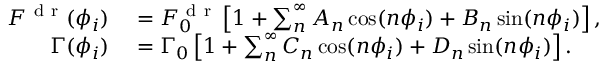
\begin{array} { r l } { F ^ { \mathrm { ~ d ~ r ~ } } ( \phi _ { i } ) } & { { } = F _ { 0 } ^ { \mathrm { ~ d ~ r ~ } } \left[ 1 + \sum _ { n } ^ { \infty } A _ { n } \cos ( n \phi _ { i } ) + B _ { n } \sin ( n \phi _ { i } ) \right] , } \\ { \Gamma ( \phi _ { i } ) } & { { } = \Gamma _ { 0 } \left[ 1 + \sum _ { n } ^ { \infty } C _ { n } \cos ( n \phi _ { i } ) + D _ { n } \sin ( n \phi _ { i } ) \right] . } \end{array}